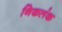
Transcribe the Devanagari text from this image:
निकलंक